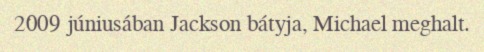
2009 júniusában Jackson bátyja, Michael meghalt.